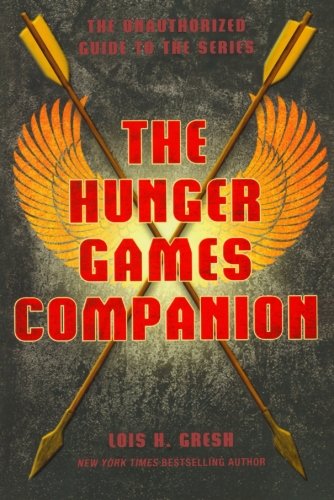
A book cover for The Hunger Games Companion: The Unauthorized Guide to the Series; Lois H. Gresh; Teen & Young Adult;